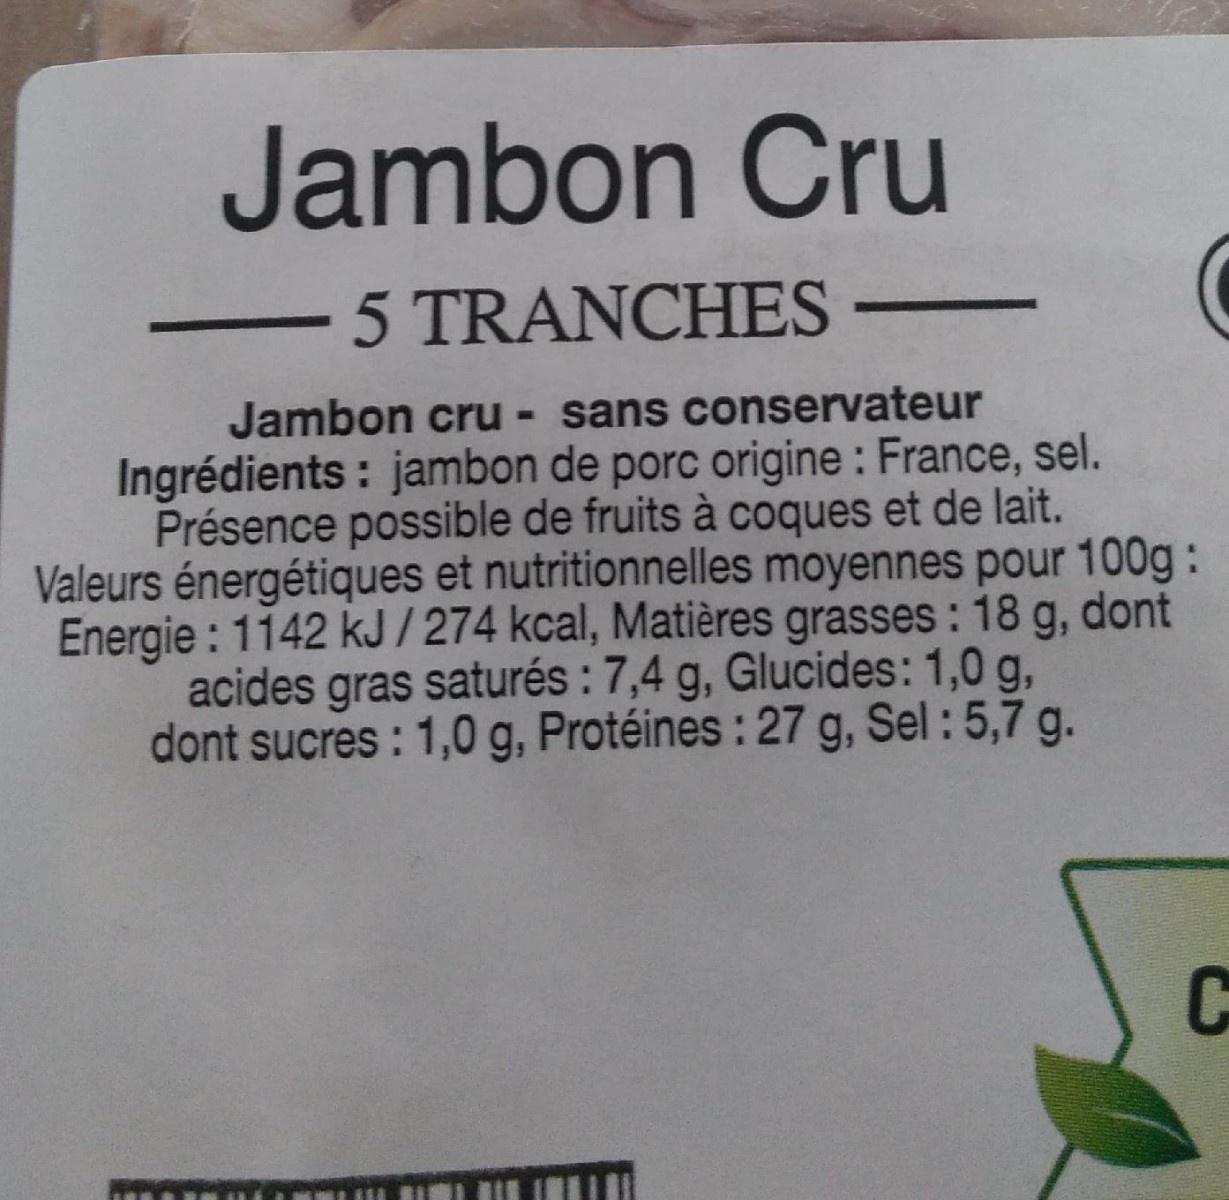
Jambon Cru
5 TRANCHES-
Jambon cru - sans conservateur Ingrédients : jambon de porc origine : France, sel. Présence possible de fruits à coques et de lait. Valeurs énergétiques et nutritionnelles moyennes pour 100g: Energie : 1142 kJ / 274 kcal, Matières grasses : 18 g, dont acides gras saturés : 7,4 g, Glucides: 1,0 g, dont sucres : 1,0 g, Protéines : 27 g, Sel : 5,7 g.
C